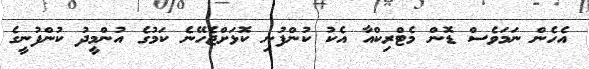
އެހެން ނަމަވެސް ޑޮން މެޓްރިކްއާ އެކު ކުންފުނި ކޮޅަށްޖެހޭނެ ކަމުގެ އުންމީދު ކުންފުނީގެ